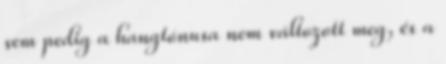
sem pedig a hangtónusa nem változott meg, és a